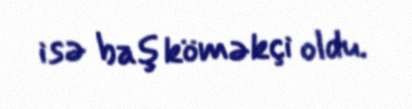
isə baş köməkçi oldu.